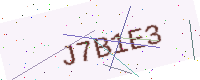
Text: J7B1E3